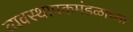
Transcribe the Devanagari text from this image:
व्यवस्थापकमंडळाच्या